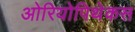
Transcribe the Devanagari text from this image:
ओरियोपिथेकस